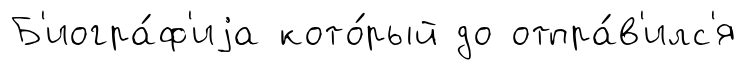
Б'иогра́ф'иjа кото́рый до отпра́в'илс'я